Civil Veterinary Department. Central Provinces & Berar 1932-41 - 1932-1941
Year: 1932
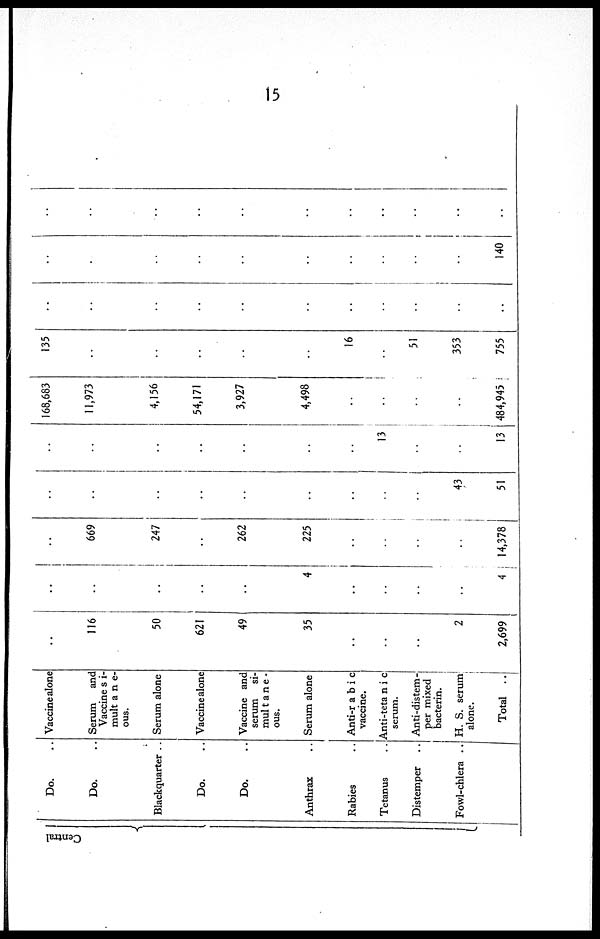
15
Central
Do. ..
Do. ..
Blackquarter ..
Do. ..
Do. ..
Anthrax ..
Rabies ..
Tetanus ..
Distemper ..
Fowl-chlera ..
Vaccine alone
Serum and
Vaccinesi¬
mult ane¬
ous.
Serum alone
Vaccine alone
Vaccine and
serum si¬
multane¬
ous.
Serum alone
Anti-rabic
vaccine.
Anti-tetanic
serum.
Anti-distem-
per mixed
bacteria.
H. S. serum
alone.
Total ..
..
116
50
621
49
35
..
..
..
2
2,699
..
..
..
..
..
4
..
..
..
..
4
..
669
247
..
262
225
..
..
..
..
14,378
..
..
..
..
..
..
..
..
..
43
51
..
..
..
..
..
..
..
13
..
..
13
168,683
11,973
4,156
54,171
3,927
4,498
..
..
..
..
484,945
135
..
..
..
..
..
16
..
51
353
755
..
..
..
..
..
..
..
..
..
..
..
..
..
..
..
..
..
..
..
..
..
140
..
..
..
..
..
..
..
..
..
..
..